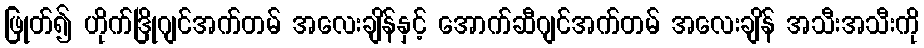
ဖြုတ်၍ ဟိုက်ဒြိုဂျင်အက်တမ် အလေးချိန်နှင့် အောက်ဆီဂျင်အက်တမ် အလေးချိန် အသီးအသီးကို